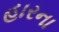
હારના